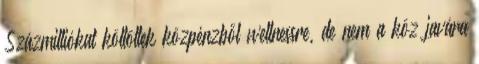
Százmilliókat költöttek közpénzből wellnessre, de nem a köz javára